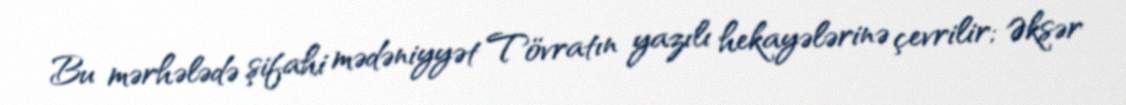
Bu mərhələdə şifahi mədəniyyət Tövratın yazılı hekayələrinə çevrilir; Əksər